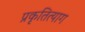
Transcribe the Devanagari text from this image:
प्रकृतित्याग